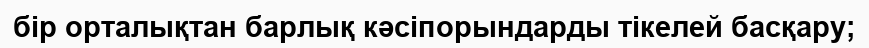
бір орталықтан барлық кәсіпорындарды тікелей басқару;